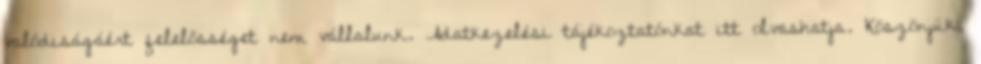
valódiságáért felelősséget nem vállalunk. Adatkezelési tájékoztatónkat itt olvashatja. Köszönjük,